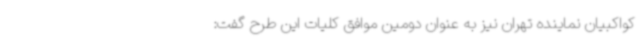
کواکبیان نماینده تهران نیز به عنوان دومین موافق کلیات این طرح گفت: